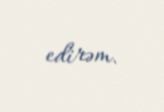
edirəm.